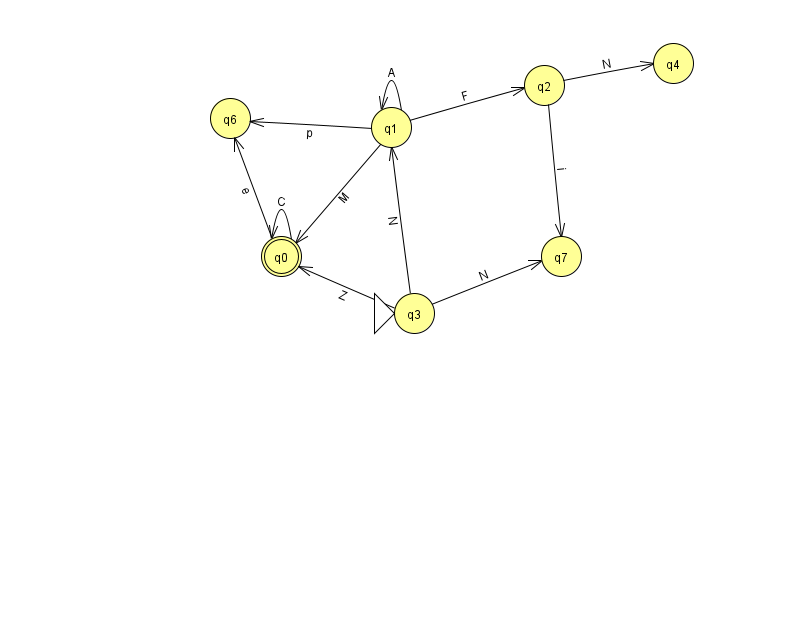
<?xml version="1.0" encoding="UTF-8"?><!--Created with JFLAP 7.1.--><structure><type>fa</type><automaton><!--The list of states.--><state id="0" name="q0"><x>281.0</x><y>243.0</y><final/></state><state id="1" name="q1"><x>391.0</x><y>114.0</y></state><state id="2" name="q2"><x>544.0</x><y>72.0</y></state><state id="3" name="q3"><x>414.0</x><y>300.0</y><initial/></state><state id="4" name="q4"><x>673.0</x><y>50.0</y></state><state id="6" name="q6"><x>230.0</x><y>105.0</y></state><state id="7" name="q7"><x>561.0</x><y>243.0</y></state><!--The list of transitions.--><transition><from>1</from><to>1</to><read>A</read></transition><transition><from>2</from><to>4</to><read>N</read></transition><transition><from>0</from><to>0</to><read>C</read></transition><transition><from>3</from><to>0</to><read>Z</read></transition><transition><from>1</from><to>0</to><read>M</read></transition><transition><from>3</from><to>7</to><read>N</read></transition><transition><from>0</from><to>6</to><read>e</read></transition><transition><from>1</from><to>6</to><read>p</read></transition><transition><from>1</from><to>2</to><read>F</read></transition><transition><from>3</from><to>1</to><read>N</read></transition><transition><from>2</from><to>7</to><read>i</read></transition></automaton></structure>